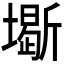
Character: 𡒧